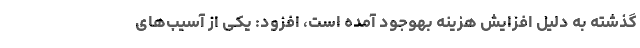
گذشته به دلیل افزایش هزینه بهوجود آمده است، افزود: یکی از آسیب‌های